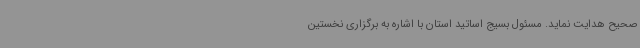
صحیح هدایت نماید. مسئول بسیج اساتید استان با اشاره به برگزاری نخستین